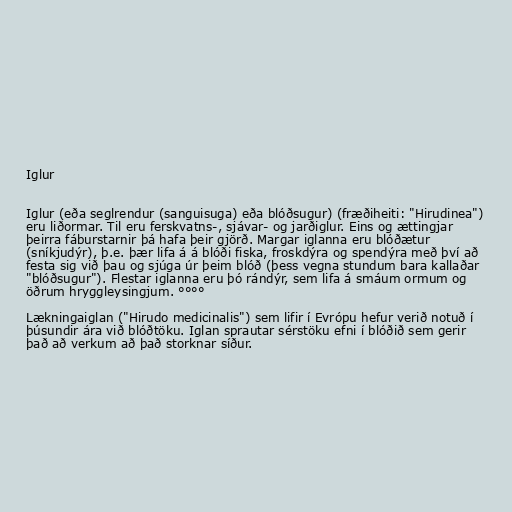
Iglur

Iglur (eða seglrendur (sanguisuga) eða blóðsugur) (fræðiheiti: "Hirudinea")
eru liðormar. Til eru ferskvatns-, sjávar- og jarðiglur. Eins og ættingjar
þeirra fáburstarnir þá hafa þeir gjörð. Margar iglanna eru blóðætur
(sníkjudýr), þ.e. þær lifa á á blóði fiska, froskdýra og spendýra með því að
festa sig við þau og sjúga úr þeim blóð (þess vegna stundum bara kallaðar
"blóðsugur"). Flestar iglanna eru þó rándýr, sem lifa á smáum ormum og
öðrum hryggleysingjum. °°°°

Lækningaiglan ("Hirudo medicinalis") sem lifir í Evrópu hefur verið notuð í
þúsundir ára við blóðtöku. Iglan sprautar sérstöku efni í blóðið sem gerir
það að verkum að það storknar síður.